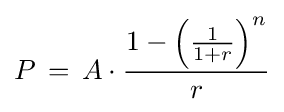
P\,=\,A\cdot {\frac {1-\left({\frac {1}{1+r}}\right)^{n}}{r}}